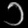
Digit: ၁